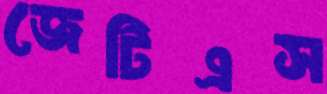
জেটিএস